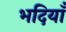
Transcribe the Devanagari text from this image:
भदियाँ